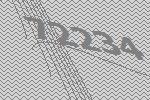
72234